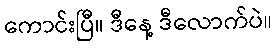
ကောင်းပြီ။ ဒီနေ့ ဒီလောက်ပဲ။